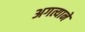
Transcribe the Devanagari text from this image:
अगत्याने